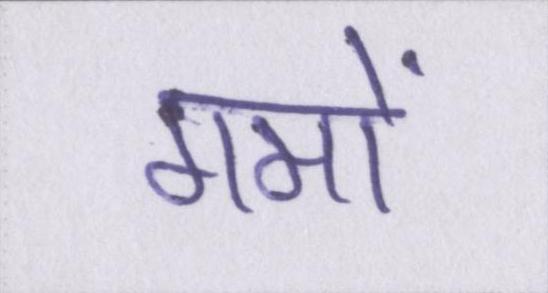
गमों